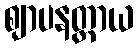
ဈာပနတ္ထာယ